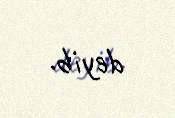
deyib.